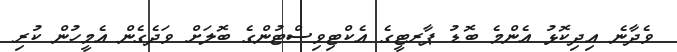
ވެދާނެ އިދިކޮޅު އެންމެ ބޮޑު ޕާރޓީގެ އެކްޓިވިސްޓުންގެ ބޮލަށް ވަދެގެން އެމީހުން ކުރި